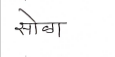
मजकूर: सोळा